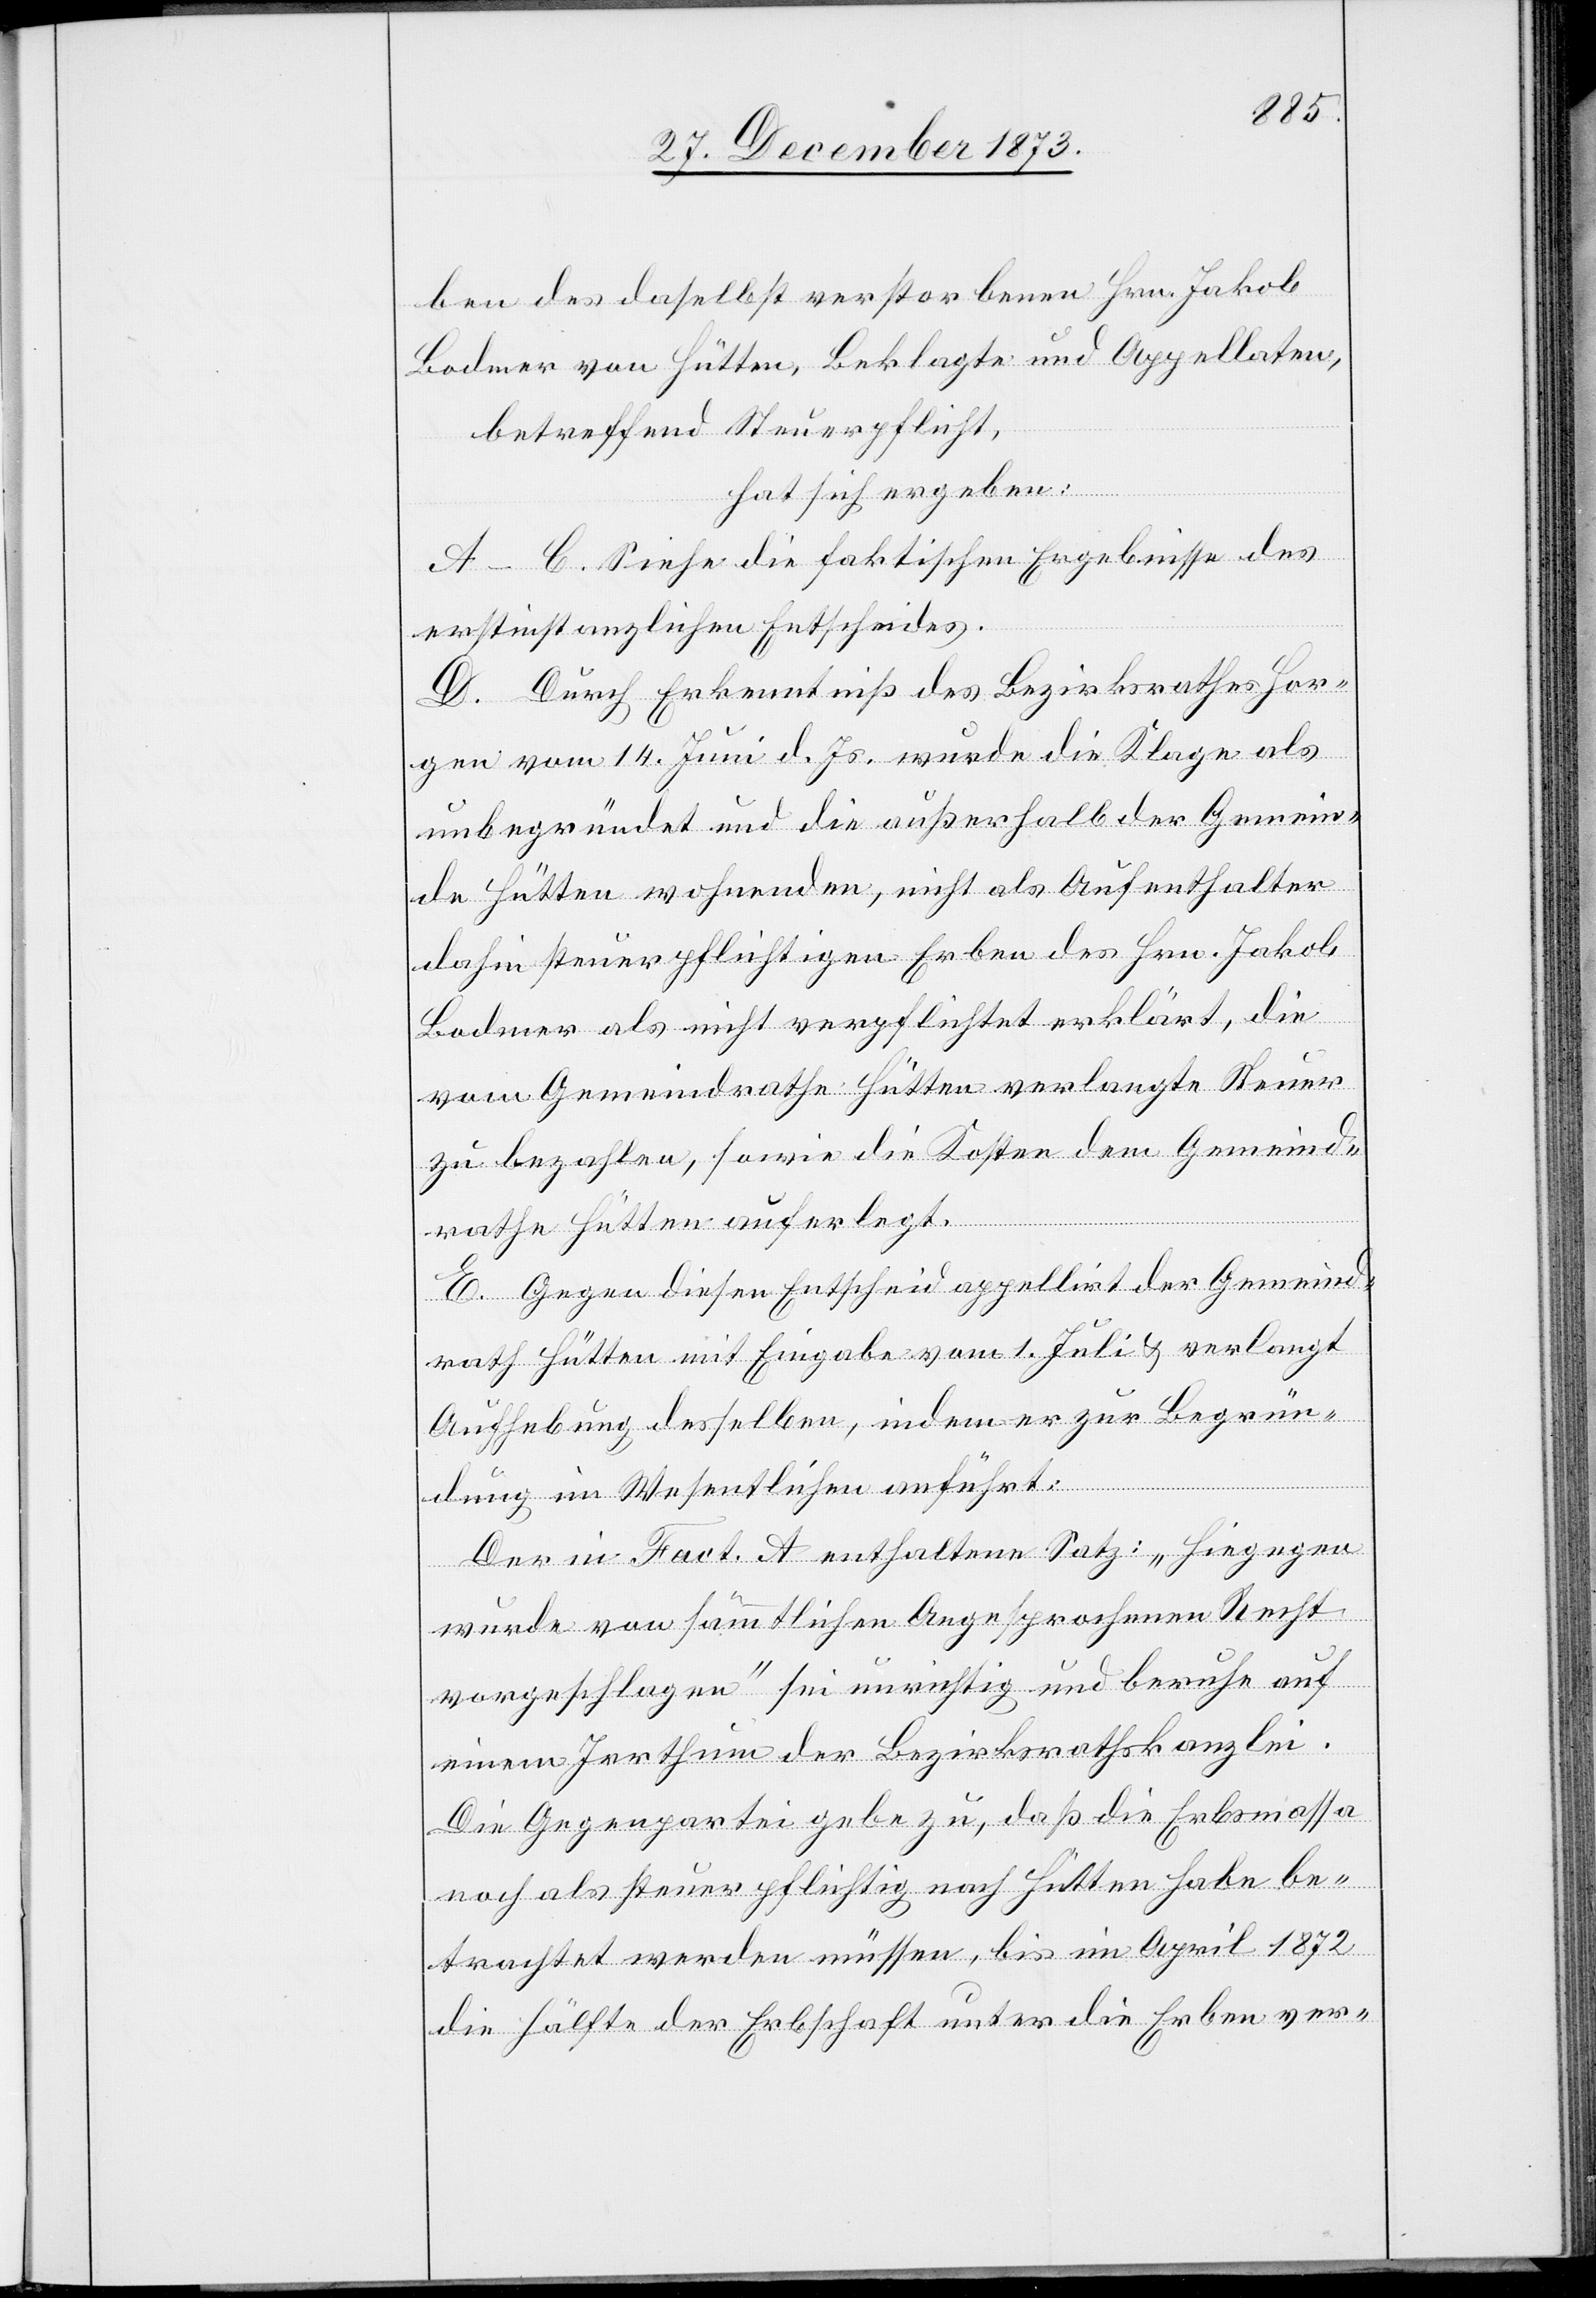
ben des daselbst verstorbenen Hrn. Jakob
Bodmer von Hütten, Beklagte und Appellaten,
betreffend Steuerpflicht,
hat sich ergeben:
A–C. Siehe die faktischen Ergebnisse des
erstinstanzlichen Entscheides.
D. Durch Erkenntniß des Bezirksrathes Hor¬
gen vom 14. Juni d. Js. wurde die Klage als
unbegründet und die außerhalb der Gemein¬
de Hütten wohnenden, nicht als Aufenthalter
dahin steuerpflichtigen Erben des Hrn. Jakob
Bodmer als nicht verpflichtet erklärt, die
vom Gemeindrathe Hütten verlangte Steuer
zu bezahlen, sowie die Kosten dem Gemeind¬
rathe Hütten auferlegt.
E. Gegen diesen Entscheid appellirt der Gemeind¬
rath Hütten mit Eingabe vom 1. Juli & verlangt
Aufhebung desselben, indem er zur Begrün¬
dung im Wesentlichen anführt:
Der in Fact. A enthaltene Satz: „Hiegegen
wurde von sämmtlichen Angesprochenen Recht
vorgeschlagen“ sei unrichtig und beruhe auf
einem Irrthum der Bezirksrathskanzlei.
Die Gegenpartei gebe zu, das die Erbsmassa
noch als steuerpflichtig nach Hütten habe be¬
trachtet werden müssen, bis im April 1872
die Hälfte der Erbschaft unter die Erben ver-